65_HS1-834228961_62-HQ-83894_Section_8
Agency: FBI
Page 40
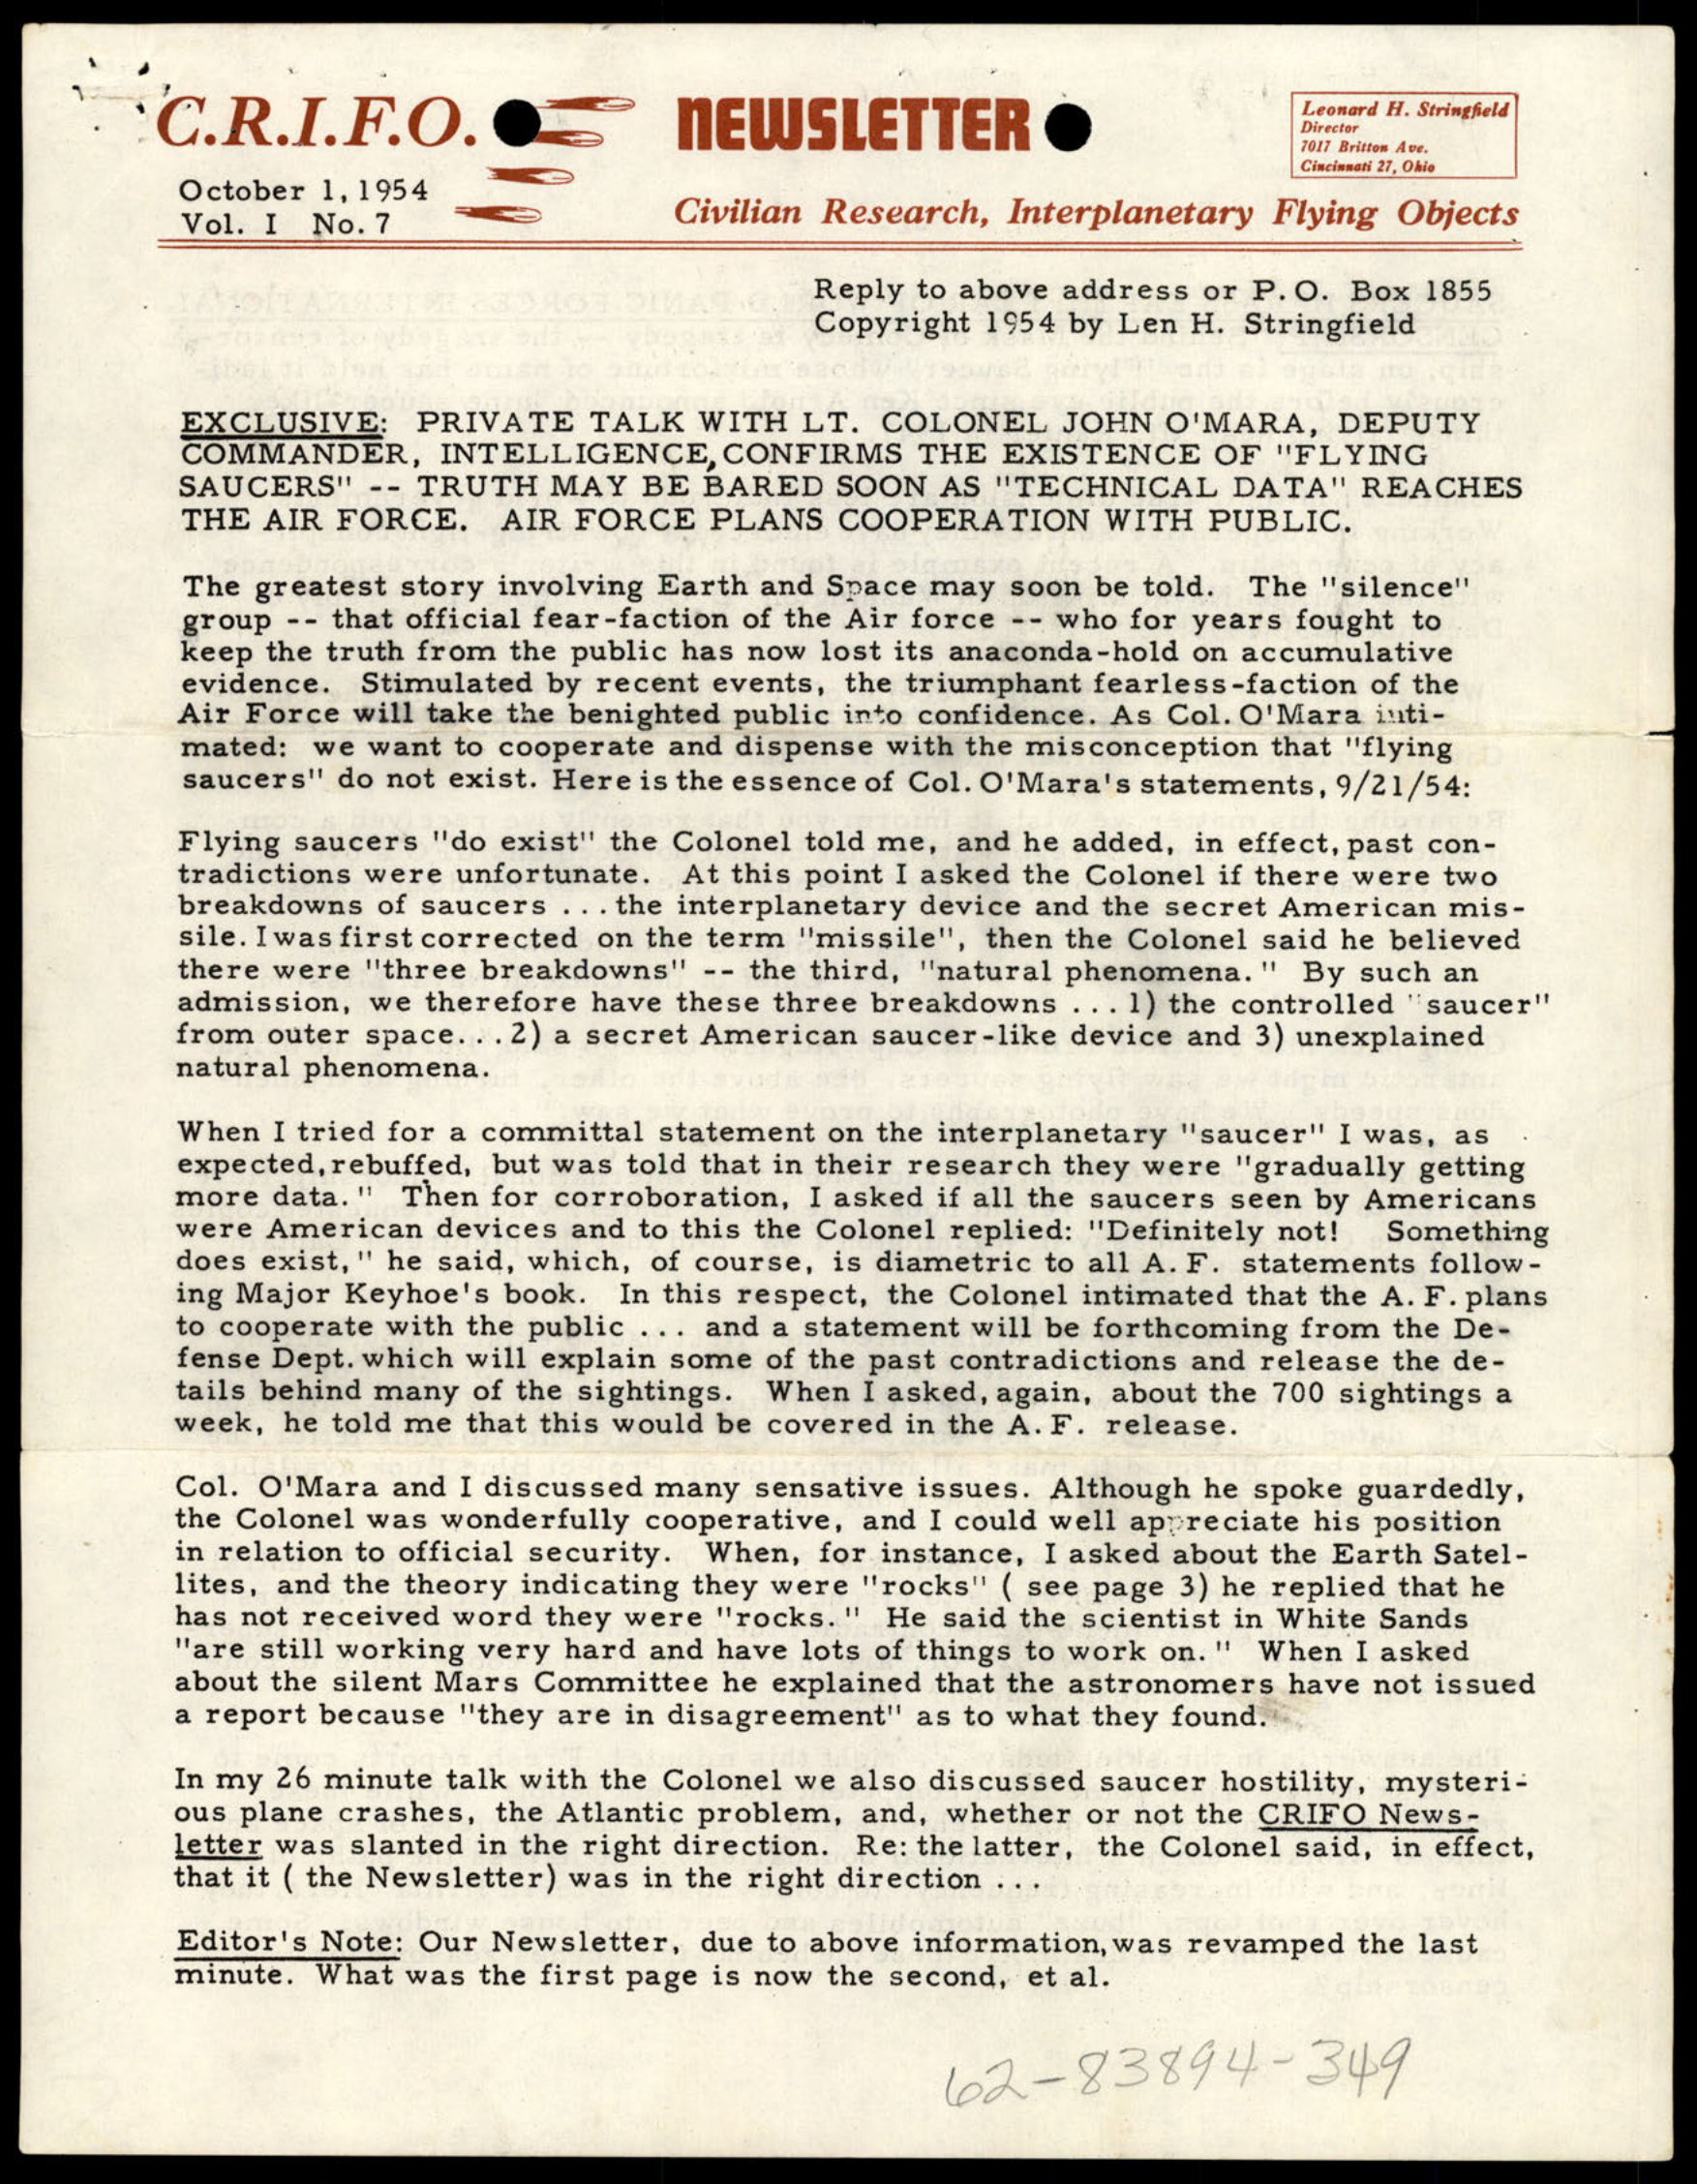